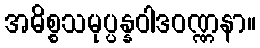
အဓိစ္စသမုပ္ပန္နဝါဒဝဏ္ဏနာ။